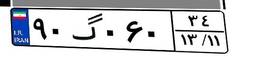
۹۰گ۰۶۰۳۴